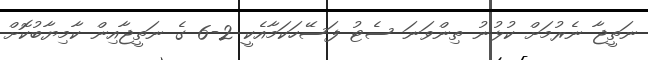
ނަތީޖާ ނެރުމަށް ކުޅުނު ތިންވަނަ ސެޓު ފަސޭހަކަމާއެކީ 2-6 ގެ ނަތީޖާއިން ކާމިޔާބުކޮށް